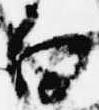
白